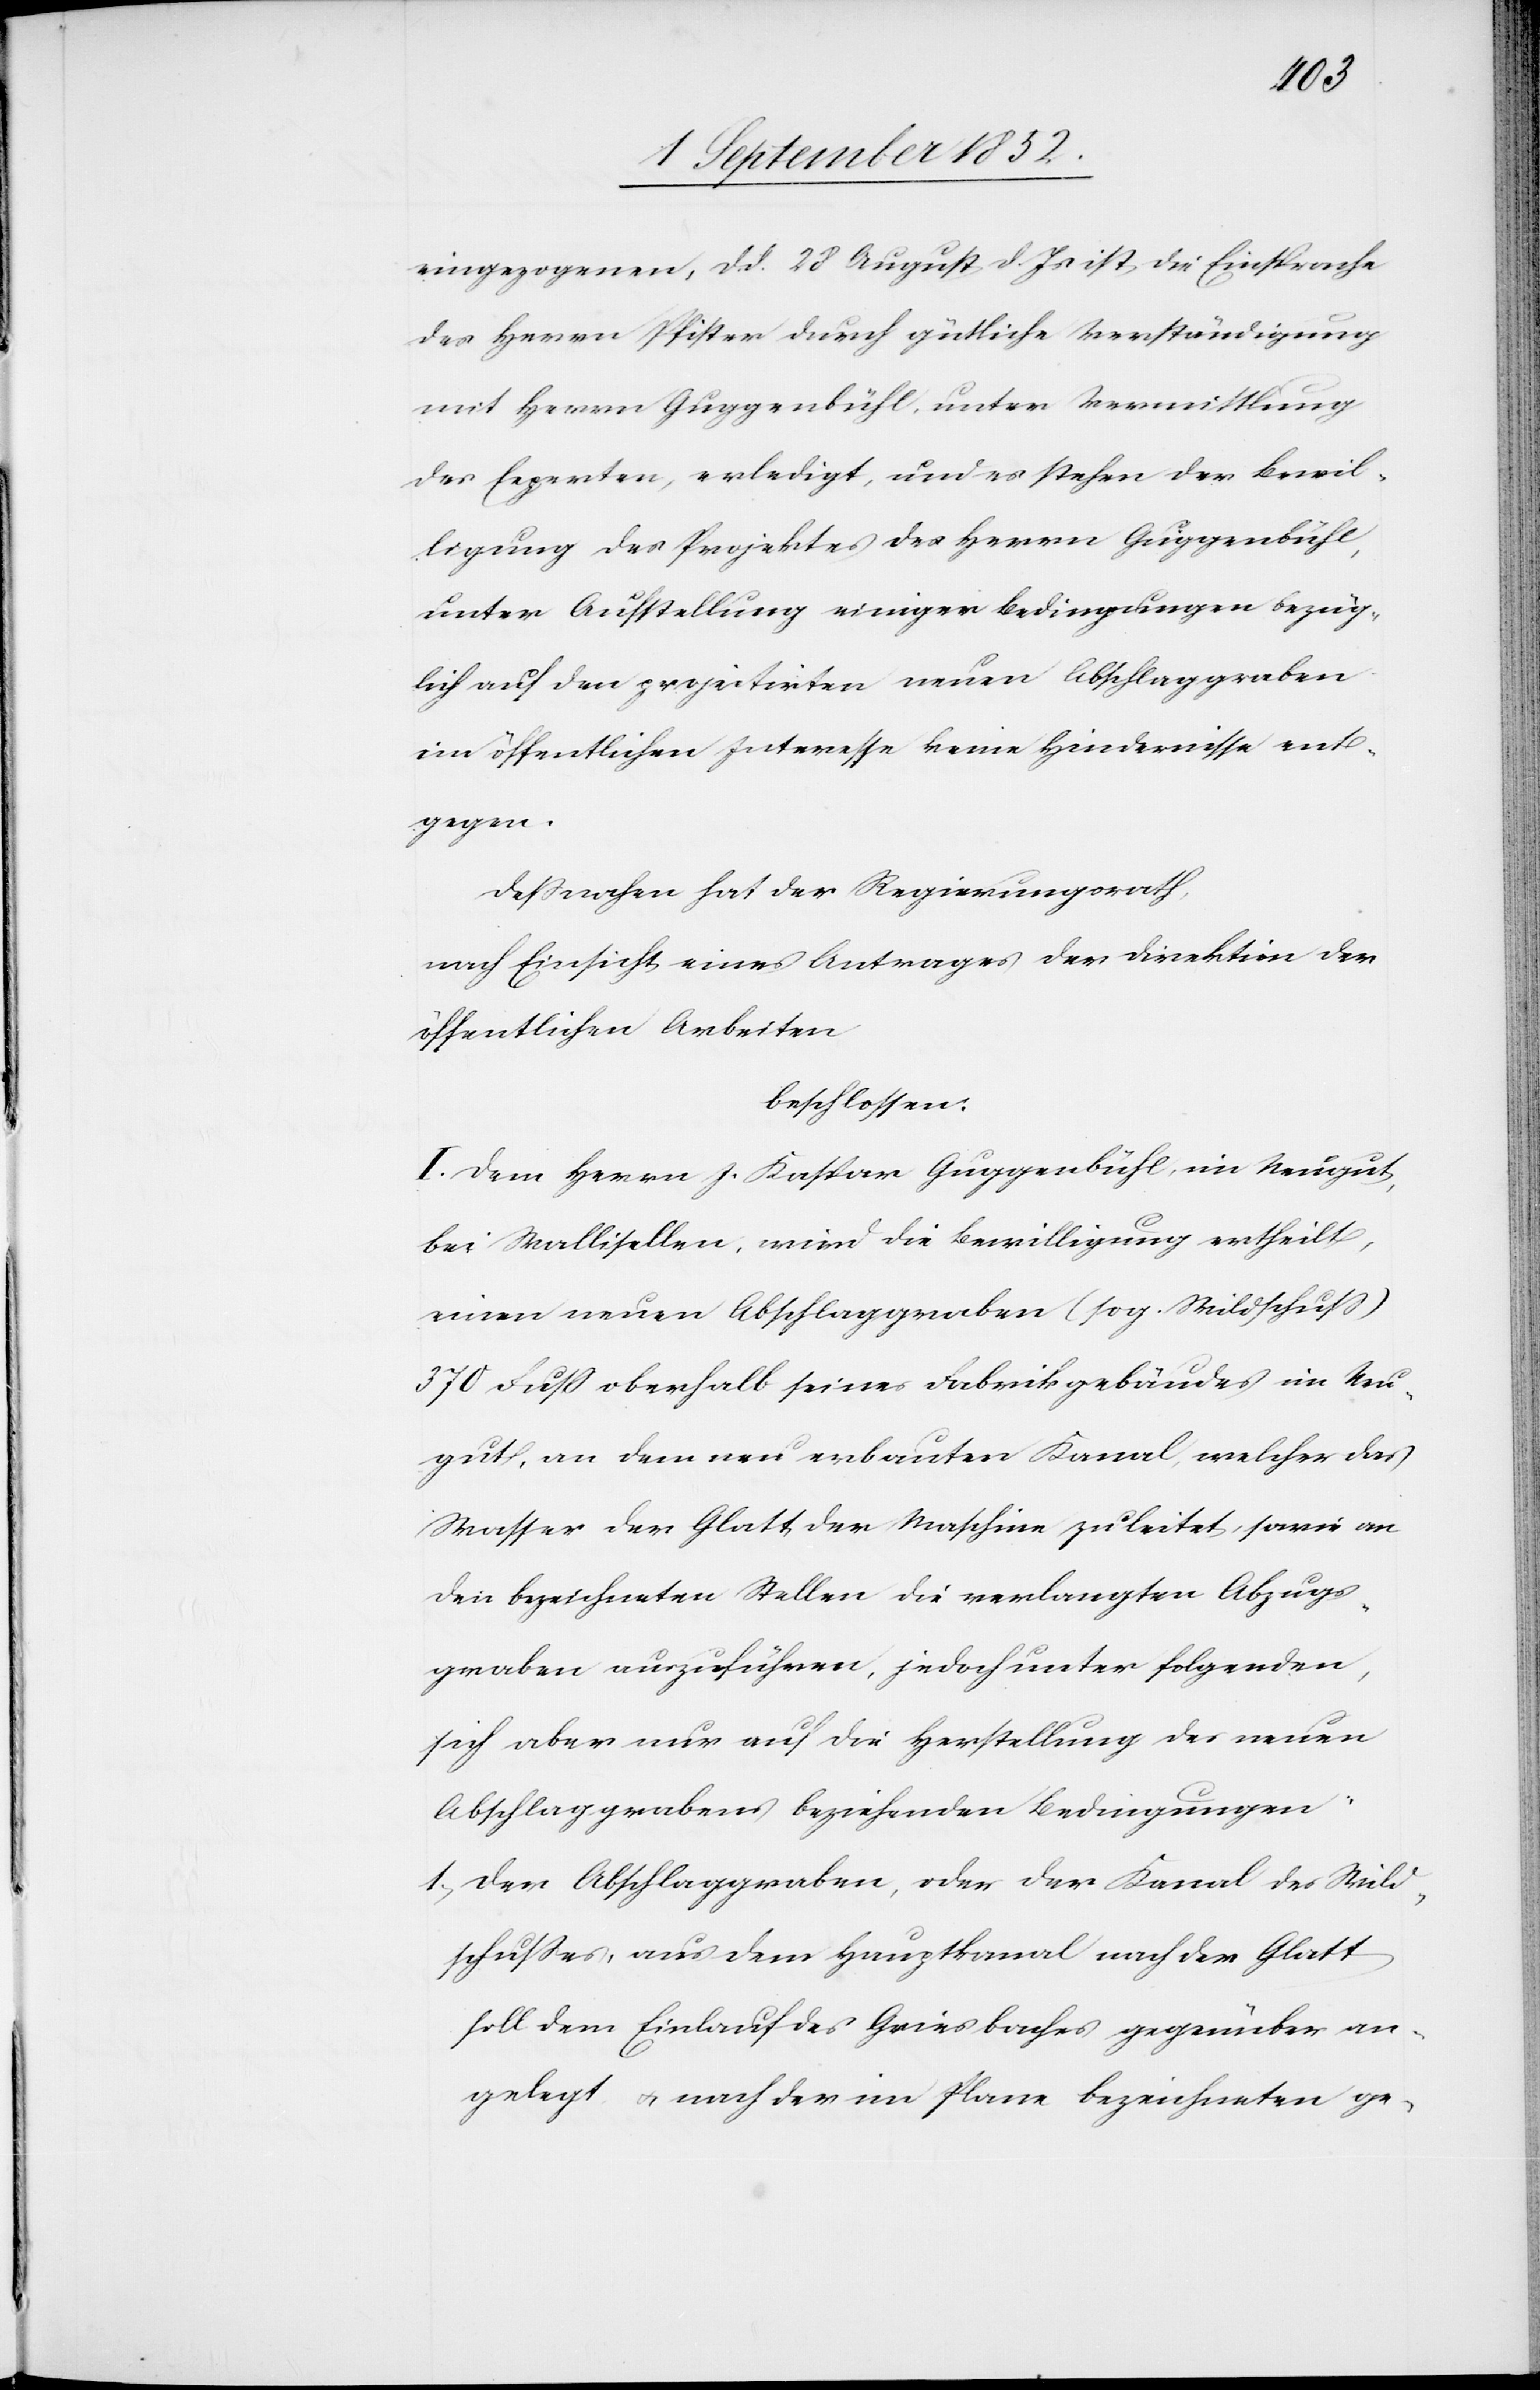
eingezogenen, d. d. 28 August d. Js ist die Einsprache
des Herrn Pfister durch gütliche Verständigung
mit Herrn Guggenbühl, unter Vermittlung
des Experten, erledigt, und es stehen der Bewil¬
ligung des Projektes des Herrn Guggenbühl,
unter Aufstellung einiger Bedingungen bezüg¬
lich auf den projectirten neuen Abschlaggraben
im öffentlichen Interesse keine Hindernisse ent¬
gegen.
Deßnahen hat der Regierungsrath,
nach Einsicht eines Antrages der Direktion der
öffentlichen Arbeiten
beschlossen:
I. Dem Herrn J. Kaspar Guggenbühl, im Neugut,
bei Wallisellen, wird die Bewilligung ertheilt,
einen neuen Abschlaggraben (sog. Wildschuss)
370 Fuß oberhalb seines Fabrikgebäudes im Neu¬
gut, an dem neu erbauten Kanal, welcher das
Wasser der Glatt der Maschine zuleitet, sowie an
den bezeichneten Stellen die verlangten Abzugs¬
graben auszuführen, jedoch unter folgenden,
sich aber nur auf die Herstellung des neuen
Abschlaggrabens beziehenden Bedingungen:
Der Abschlaggraben, oder der Kanal des Wild¬
schusses, aus dem Hauptkanal nach der Glatt
soll dem Einlauf des Griesbaches gegenüber an¬
gelegt & nach der im Plane bezeichneten ge-